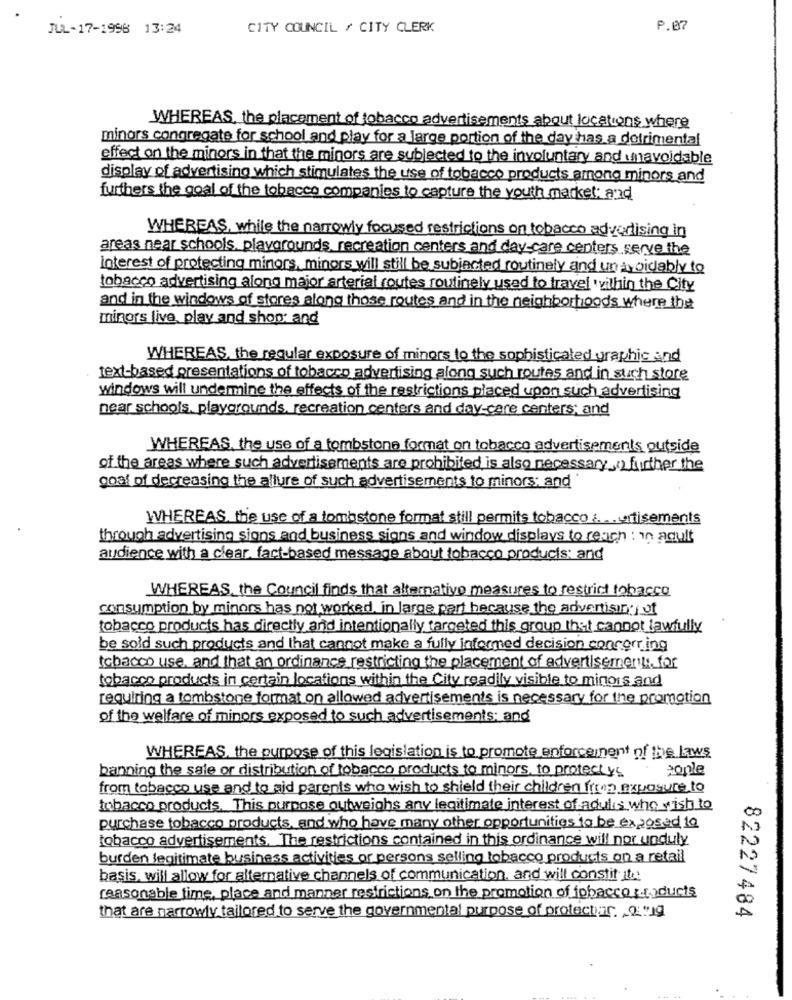
JUL-17-1996 13:24
CITY COUNCIL / CITY CLERK
P.07
WHEREAS, the placement of tobacco advertisements about locations where
minors congregate for school and play for a large portion of the day has a detrimental
effect on the minors in that the minors are subjected to the involuntary and unavoidable
display of advertising which stimulates the use of tobacco products among minors and
furthers the goal of the tobacco companies to capture the youth market and
WHEREAS, while the narrowly focused restrictions on tobacco advertising in
areas near schools. playgrounds, recreation centers and day-care centers serve the
interest of protecting minors, minors will still be subjected routinely and un avoidably to
tobacco advertising along major arterial routes routinely used to travel within the City
and in the windows of stores along those routes and in the neighborhoods where the
minors live play and shop; and
WHEREAS, the regular exposure of minors to the sophisticated graphic and
text-based presentations of tobacco advertising along such routes and in such store
windows will undermine the effects of the restrictions placed upon such advertising
near schools, playgrounds, recreation centers and day-care centers; and
WHEREAS, the use of a tombstone format on tobacco advertisements outside
of the areas where such advertisements are prohibited is also necessary ( further the
goal of decreasing the allure of such advertisements to minors: and
WHEREAS, the use of a tombstone format still permits tobacco ... tisements
through advertising signs and business signs and window displays to reach : in adult
audience with a clear. fact-based message about tobacco products and
WHEREAS the Council finds that alternative measures to restrict tobacco
consumption by minors has not worked in large part because the advertising of
tobacco products has directly and intentionally targeted this group that cannot lawfully
be sold such products and that cannot make a fully informed decision concorr.ing
tobacco use, and that an ordinance restricting the placement of advertisements. for
tobacco products in certain locations within the City readily visible to minors and
requiring a tombstone format on allowed advertisements is necessary for the promotion
of the welfare of minors exposed to such advertisements; and
WHEREAS, the purpose of this legislation is to promote enforcement of the laws
ponle
banning the sale or distribution of tobacco products to minors, to protect ys
from tobacco use and to aid parents who wish to shield their children from exposure to
tobacco products. This purpose outweighs any legitimate interest of adults who wish to
00
purchase tobacco products, and who have many other opportunities to be exposed 10
tobacco advertisements. The restrictions contained in this ordinance will nor unduly
burden legitimate business activities or persons selling tobacco products on a retail
basis. will allow for alternative channels of communication, and will constit ite
reasonable time, place and manner restrictions on the promotion of tobacco products
82227484
that are narrowly tailored to serve the governmental purpose of protector. 2 mg
A